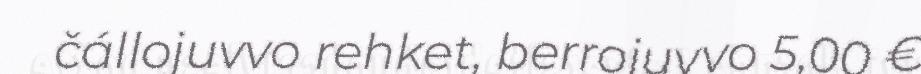
čállojuvvo rehket, berrojuvvo 5,00 €